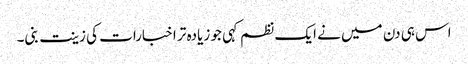
اس ہی دن میں نے ایک نظم کہی جو زیادہ تر اخبارات کی زینت بنی۔